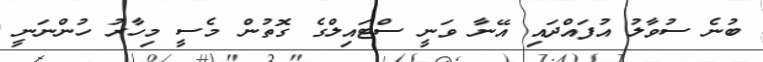
ބުނެ ސުވާލު އުފައްދައި އޭނާ ވަނީ ސްޓައިލްގެ ގޮތުން މެސީ މިހާރު ހުންނަނީ